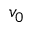
v _ { 0 }